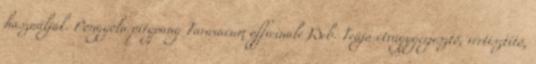
használják. Pongyola pitypang Taraxacum officinale Web. Teája étvágygerjesztő, vértisztító,